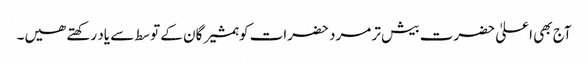
آج بھی اعلیٰ حضرت بیش تر مرد حضرات کو ہمشیرگان کے توسط سے یاد رکھتے ھیں۔